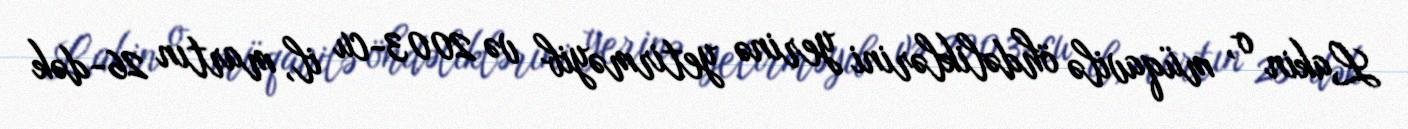
Lakin o, müqavilə öhdəliklərini yerinə yetirməyib və 2003-cu il, martın 26-dək